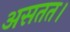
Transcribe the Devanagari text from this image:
असतत।